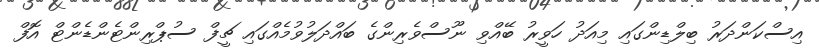
އިސްކަންދަރު ބިލްޑިންގައި މިއަދު ހަވީރު ބޭއްވި ނޫސްވެރިންގެ ބައްދަލުވުމެއްގައި ޗީފް ސުޕްރިންޓެންޑެންޓް އޮފް